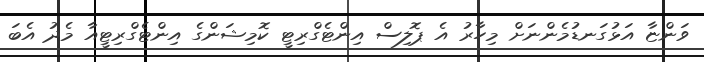
ވަންޏާ އަޅުގަނޑުމެންނަށް މިހާރު އެ ޕޮލިސް އިންޓެގްރިޓީ ކޮމިޝަންގެ އިންޓެގްރިޓީއާ މެދު އެބަ